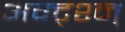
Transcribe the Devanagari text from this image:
अक्ट्श्न्